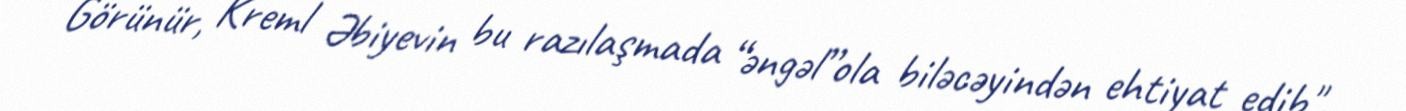
Görünür, Kreml Əbiyevin bu razılaşmada “əngəl”ola biləcəyindən ehtiyat edib".